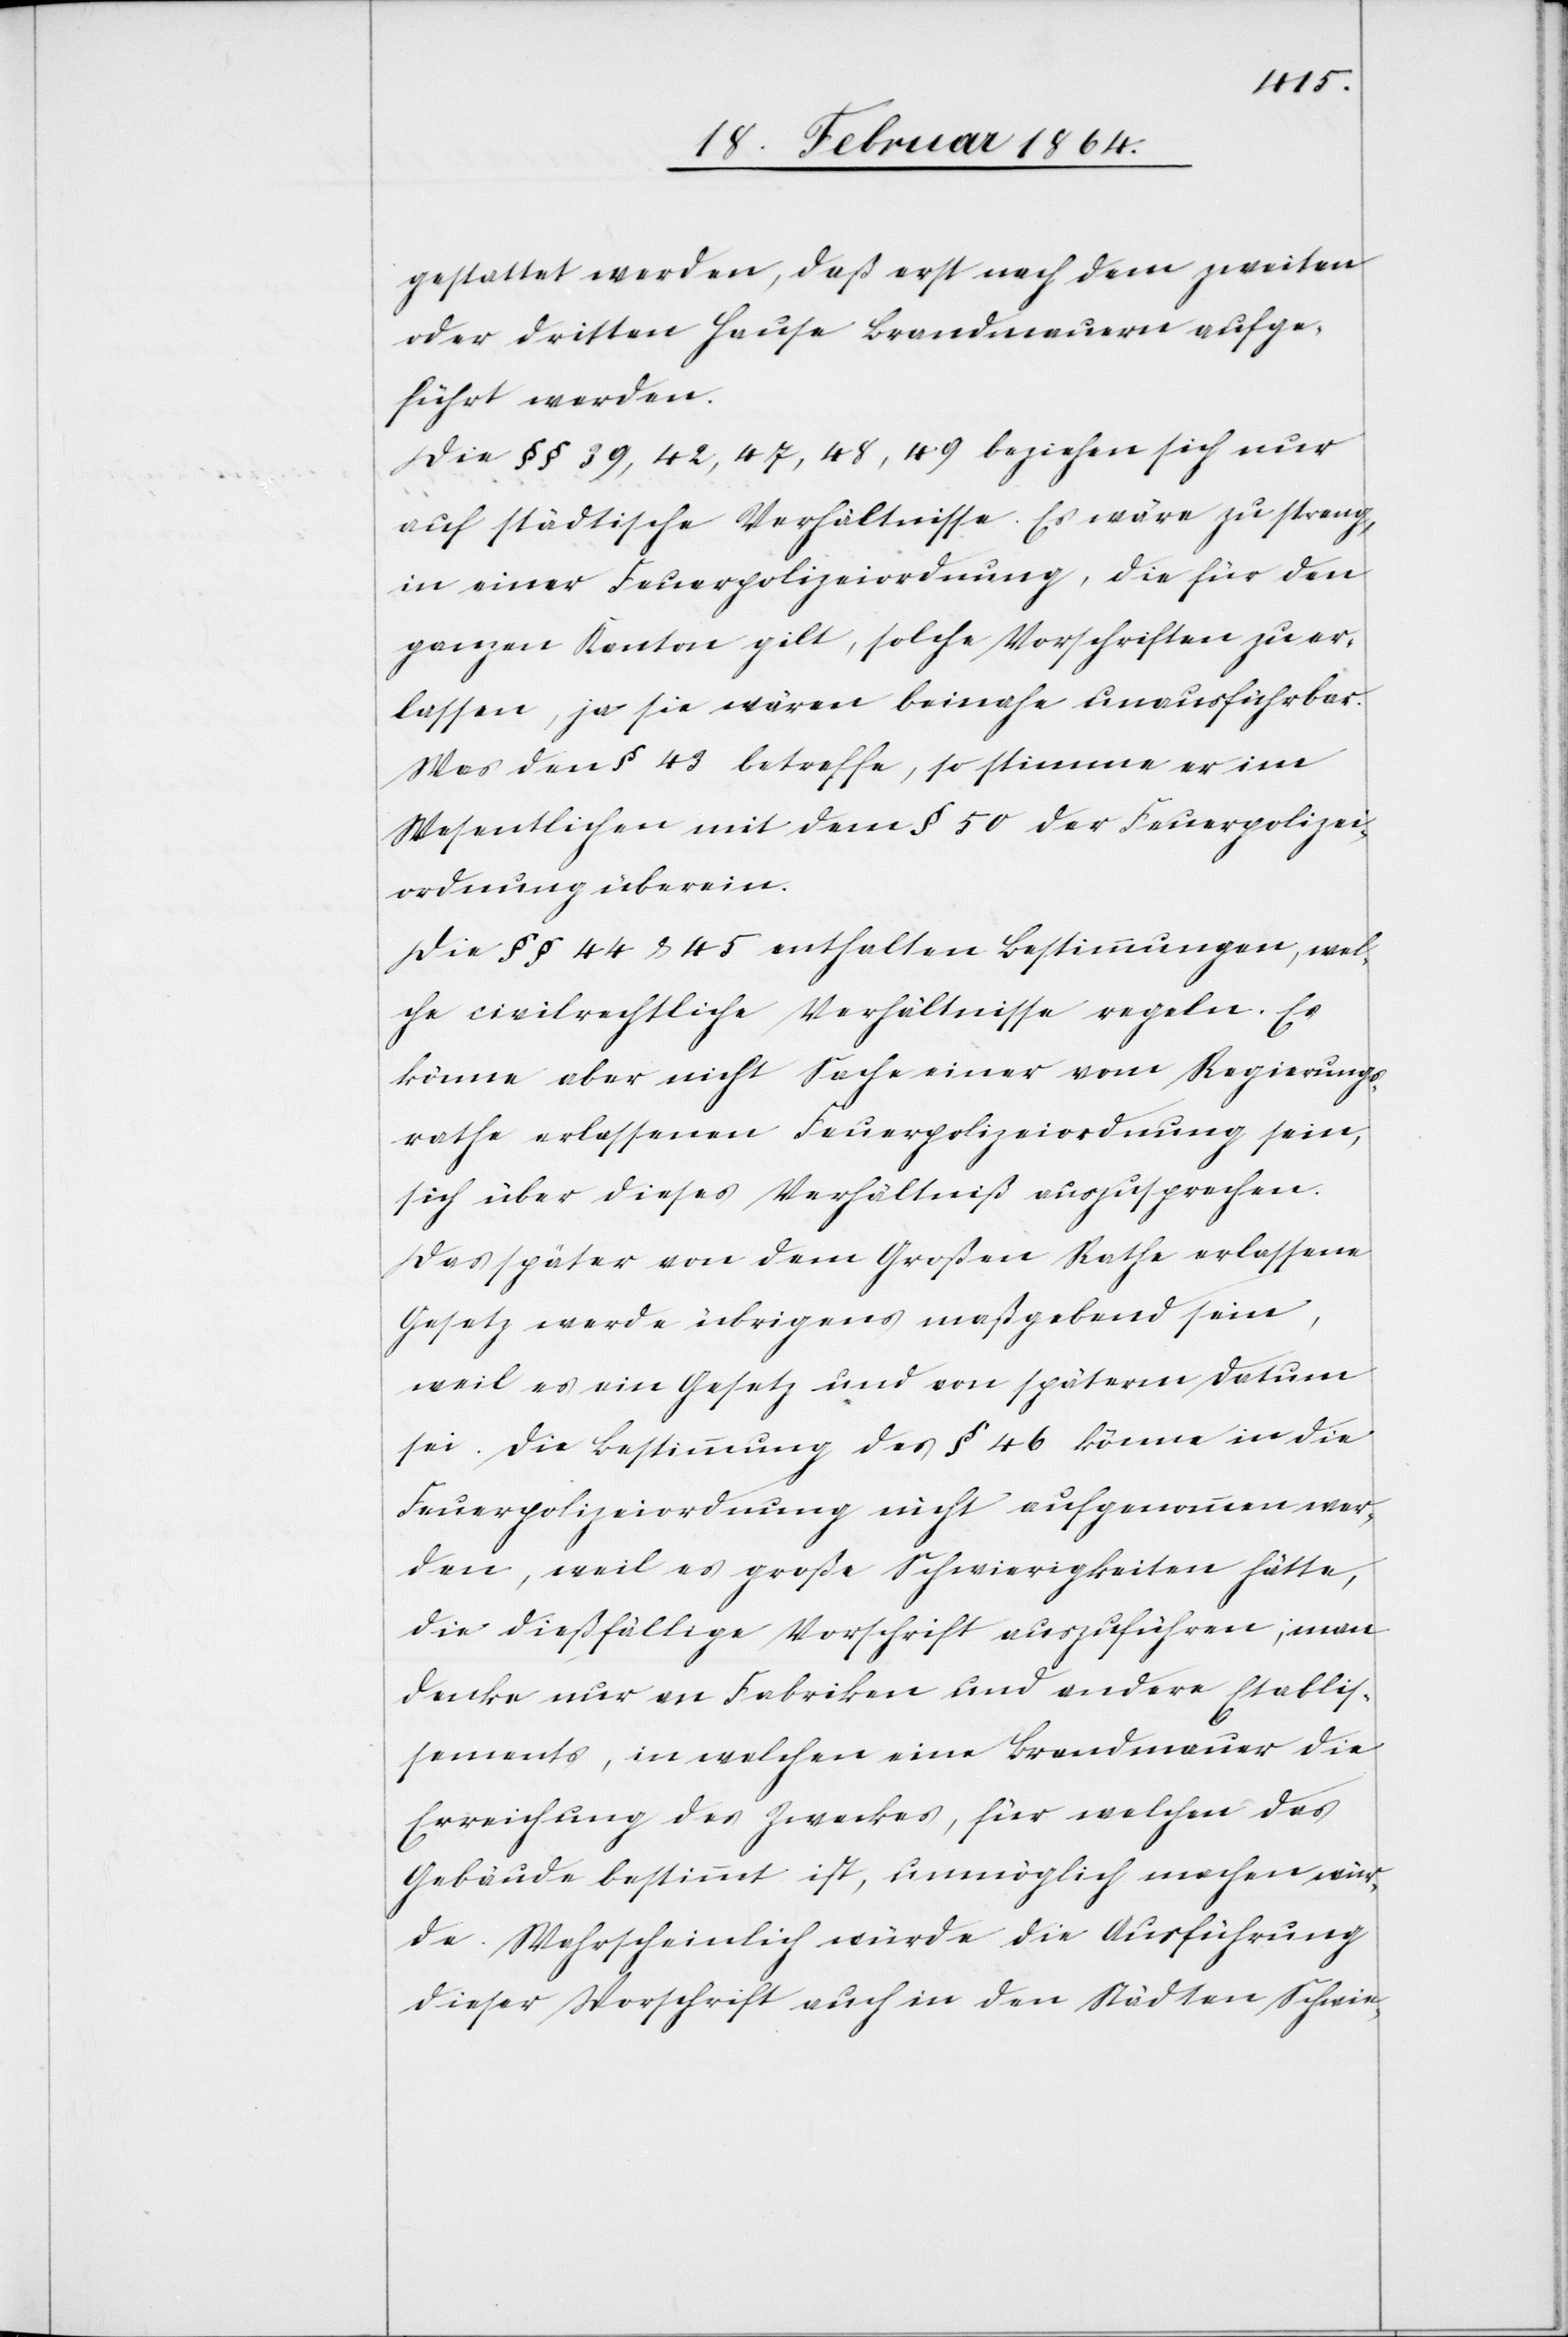
gestattet werden, daß erst nach dem zweiten
oder dritten Hause Brandmauern aufge¬
führt werden.
Die §§ 39, 42, 47, 48, 49 beziehen sich nur
auf städtische Verhältnisse. Es wäre zu streng,
in einer Feuerpolizeiordnung, die für den
ganzen Kanton gilt, solche Vorschriften zu er¬
lassen, ja sie wären beinahe unausführbar.
Was den § 43 betreffe, so stimme er im
Wesentlichen mit dem § 50 der Feuerpolizei¬
ordnung überein.
Die §§ 44 & 45 enthalten Bestimmungen, wel¬
che civilrechtliche Verhältnisse regeln. Es
könne aber nicht Sache einer vom Regierungs¬
rathe erlassenen Feuerpolizeiordnung sein,
sich über dieses Verhältniß auszusprechen.
Das später von dem Großen Rathe erlassene
Gesetz werde übrigens maßgebend sein,
weil es ein Gesetz und von späterm Datum
sei. Die Bestimmung des § 46 könne in die
Feuerpolizeiordnung nicht aufgenommen wer¬
den, weil es große Schwierigkeiten hätte,
die dießfällige Vorschrift auszuführen; man
denke nur an Fabriken und andere Etablis¬
sements, in welchen eine Brandmauer die
Erreichung des Zweckes, für welchen das
Gebäude bestimmt ist, unmöglich machen wür¬
de. Wahrscheinlich würde die Ausführung
dieser Vorschrift auch in den Städten Schwie-